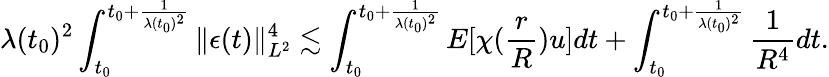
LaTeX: \lambda(t_{0})^{2}\int_{t_{0}}^{t_{0}+\frac{1}{\lambda(t_{0})^{2}}}\| \epsilon(t)\| _{L^{2}}^{4}\lesssim\int_{t_{0}}^{t_{0}+\frac{1}{\lambda(t_{0})^{2}}}E[\chi(\frac{r}{R})u]dt+\int_{t_{0}}^{t_{0}+\frac{1}{\lambda(t_{0})^{2}}}\frac{1}{R^{4}}dt.